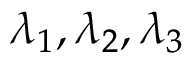
\lambda _ { 1 } , \lambda _ { 2 } , \lambda _ { 3 }